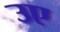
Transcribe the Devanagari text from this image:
उए